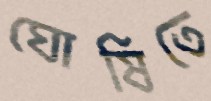
ঘোষিতে